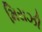
મિરાઝી